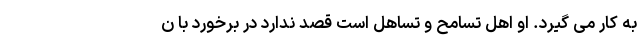
به کار می گیرد. او اهل تسامح و تساهل است قصد ندارد در برخورد با ن